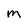
Character: M